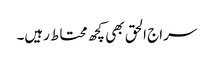
سراج الحق بھی کچھ محتاط رہیں۔